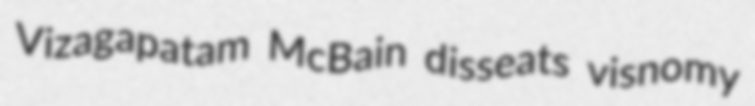
Vizagapatam McBain disseats visnomy